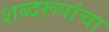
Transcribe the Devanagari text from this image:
शब्दरूपांचा